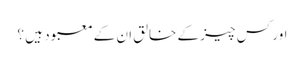
اور کس چیز کے خالق ان کے معبود ہیں ؟